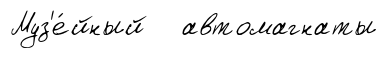
Муз'е́йный автомагнаты